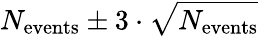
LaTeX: N_{\mathrm{events}}\pm 3\cdot\sqrt{N_{\mathrm{events}}}